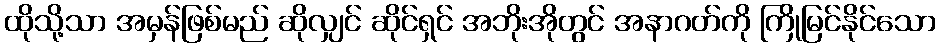
ထိုသို့သာ အမှန်ဖြစ်မည် ဆိုလျှင် ဆိုင်ရှင် အဘိုးအိုတွင် အနာဂတ်ကို ကြိုမြင်နိုင်သော